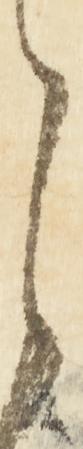
候